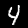
Digit: 4